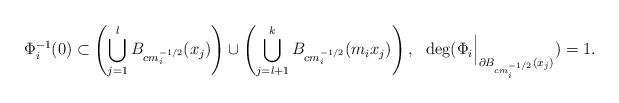
LaTeX: \begin{align*}\Phi_i^{-1}(0) \subset \left( \bigcup_{j=1}^l B_{cm_i^{-1/2}}(x_j) \right) \cup \left( \bigcup_{j=l+1}^k B_{cm_i^{-1/2}}(m_i x_j) \right) , \ \ \mathrm{deg} ( \Phi_i \Big\vert_{\partial B_{cm_i^{-1/2}}(x_j)} ) =1 . \end{align*}